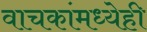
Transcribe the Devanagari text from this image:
वाचकांमध्येही